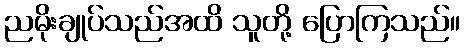
ညမိုးချုပ်သည်အထိ သူတို့ ပြောကြသည်။